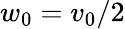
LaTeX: w_{0}=v_{0}/2